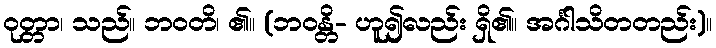
ဝုတ္တာ၊ သည်။ ဘဝတိ၊ ၏။ (ဘဝန္တိ- ဟူ၍လည်း ရှိ၏။ အင်္ဂါသိတတည်း)။